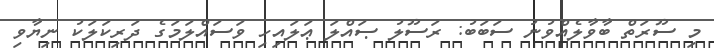
މި ސޫރަތް ބާވާލެއްވުނު ސަބަބު: ރަސޫލު ޞައްލަ ޢަލައިހި ވަސައްލަމަގެ ދަރިކަލަކު ނިޔާވި